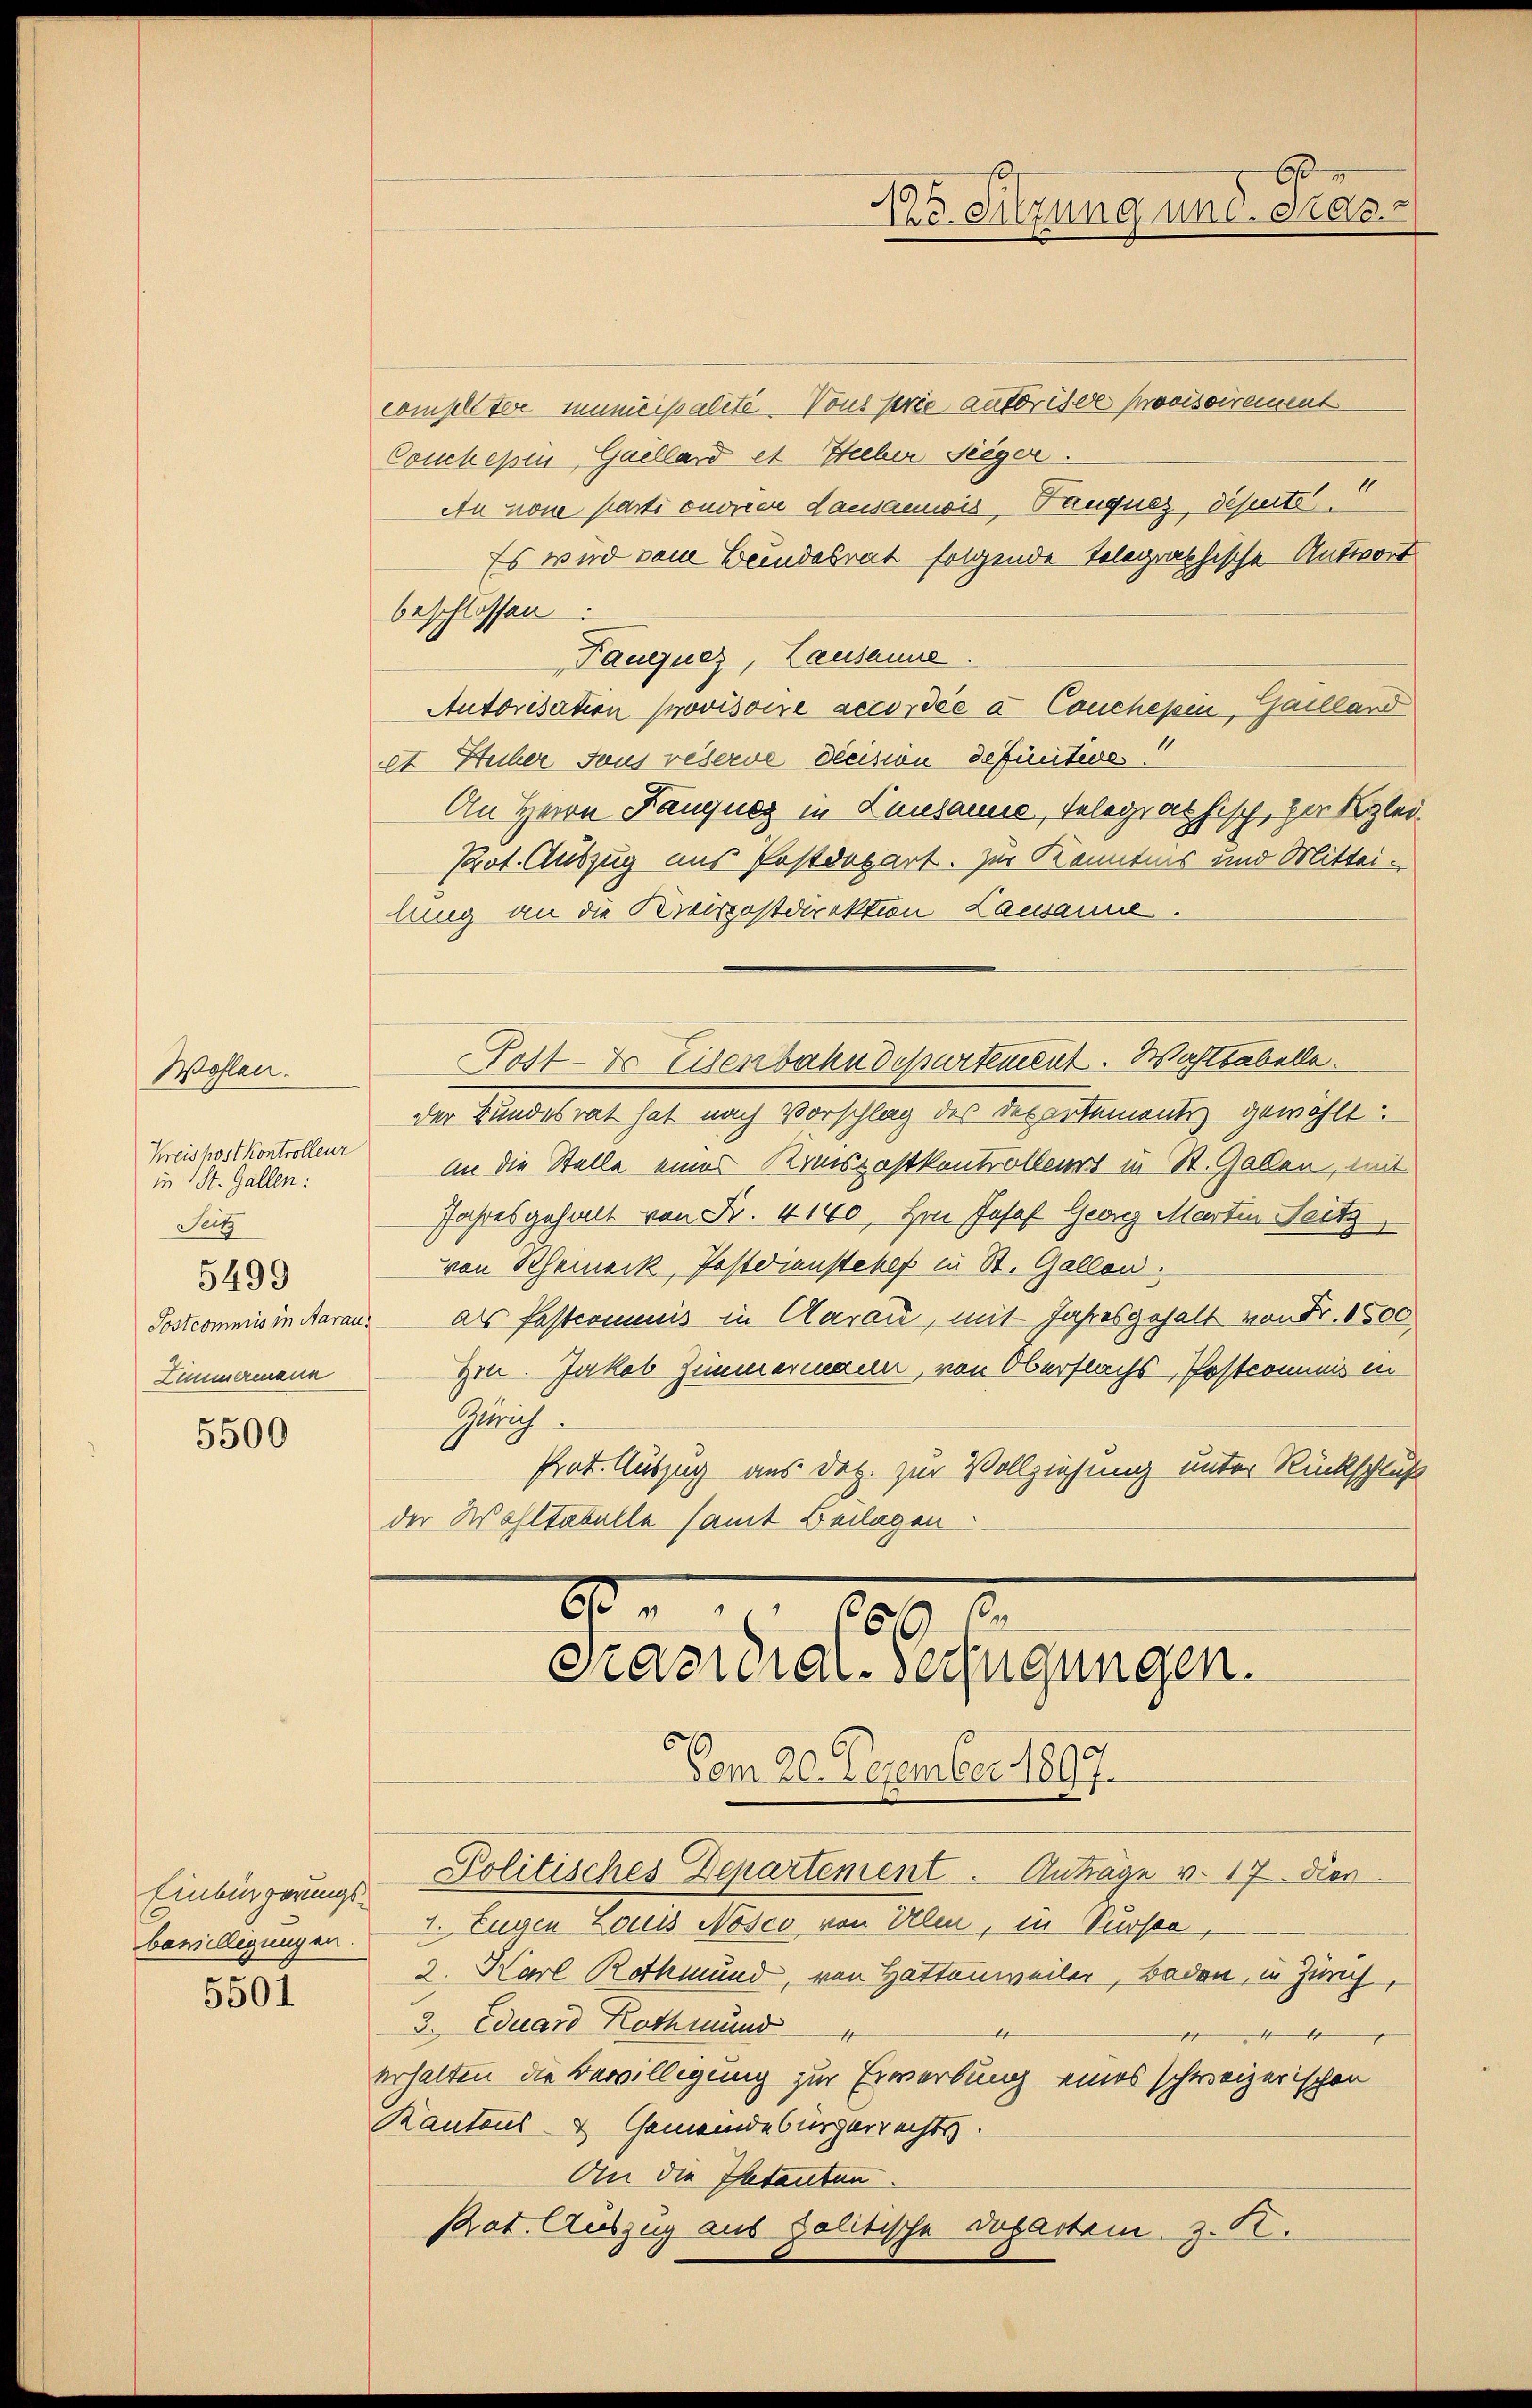
Wohlen.
Kreiskost kontrolleur
in St. Gallen:
Seitz
5499
Zimmermann

5500

Einbürgerungsbewilligungen

5501

60
Ie Sitzung und das

complitere mincipalite. Vons prie autoriser Provisoirement
Couchesin, Gaillard et Seeber Seeger.
An non parti onorier dansamwis, Tauques, disente.
Es wird vom Beindesrat folgende Selegraphische Antwort
beschlossen:
Fauques, Lausanne
Autorisation provisoire accordée a Conchepin-Gaillard
et Stecher Haus reserve Decision definitives!
An Herrn Fauques in Lausanne, Telegrathisch, zur Klei¬
Prot. Auszug aus Postdepart. Zur Kenntnis und Mitteilung an die Kreispostdirektion Lausanne.
Post- & Genbahndepartement. Wahlbabelle.
der Bundesrat hat nach Vorschlag des Departement gewählt.
An die Stelle eines Kreispostkontrolleurs in St. Gaben, mit
Jahresgehalt von Fr. 4140, Hrn. Josef Georg Martin Seitz
von Rheineck, Postdienstehe in St. Gallen.
Postcommis in daraus als Pastromenis in Aarau, mit Jahresgehalt von Fr. 1500
Zi. Jakob Zimmermann, von Oberflachs-Postcomunis in
Zürich
Prot. Auszug aus Dez. zur Vollziehung unter Rückschluß
der Wohltabelle samt Beilagen

669 xx
Präsidial-Verfügungen.
Vom 20. Dezember 1897.

Politisches Departement. Anträge v. 17. Dien
1. Eugen Louis Nosco von Ullen, in Sursee,
2. Karl Rothmund, von Hattenweiler, Baden, in Zürich,
3. Eduard Roth mund
tr
4
r
erhalten die Bewilligung zur Erwerbung eines schweizerischen
Kantons- & Gemeindebürgerrechts-
An die Petenten.
Rat. Auszug aus politische Departem z. R.